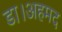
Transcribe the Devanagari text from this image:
डा।अहमद